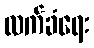
လက်ခံရေး